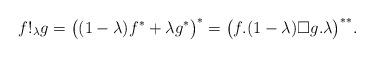
LaTeX: \begin{align*}f!_\lambda g=\big((1-\lambda)f^*+\lambda g^*\big)^*=\big(f.(1-\lambda)\Box g.\lambda\big)^{**}.\end{align*}